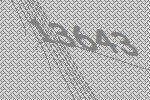
13643